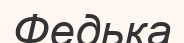
Федька